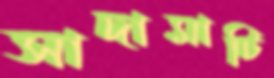
সাদামাটি